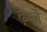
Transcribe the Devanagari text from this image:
ढ़ले